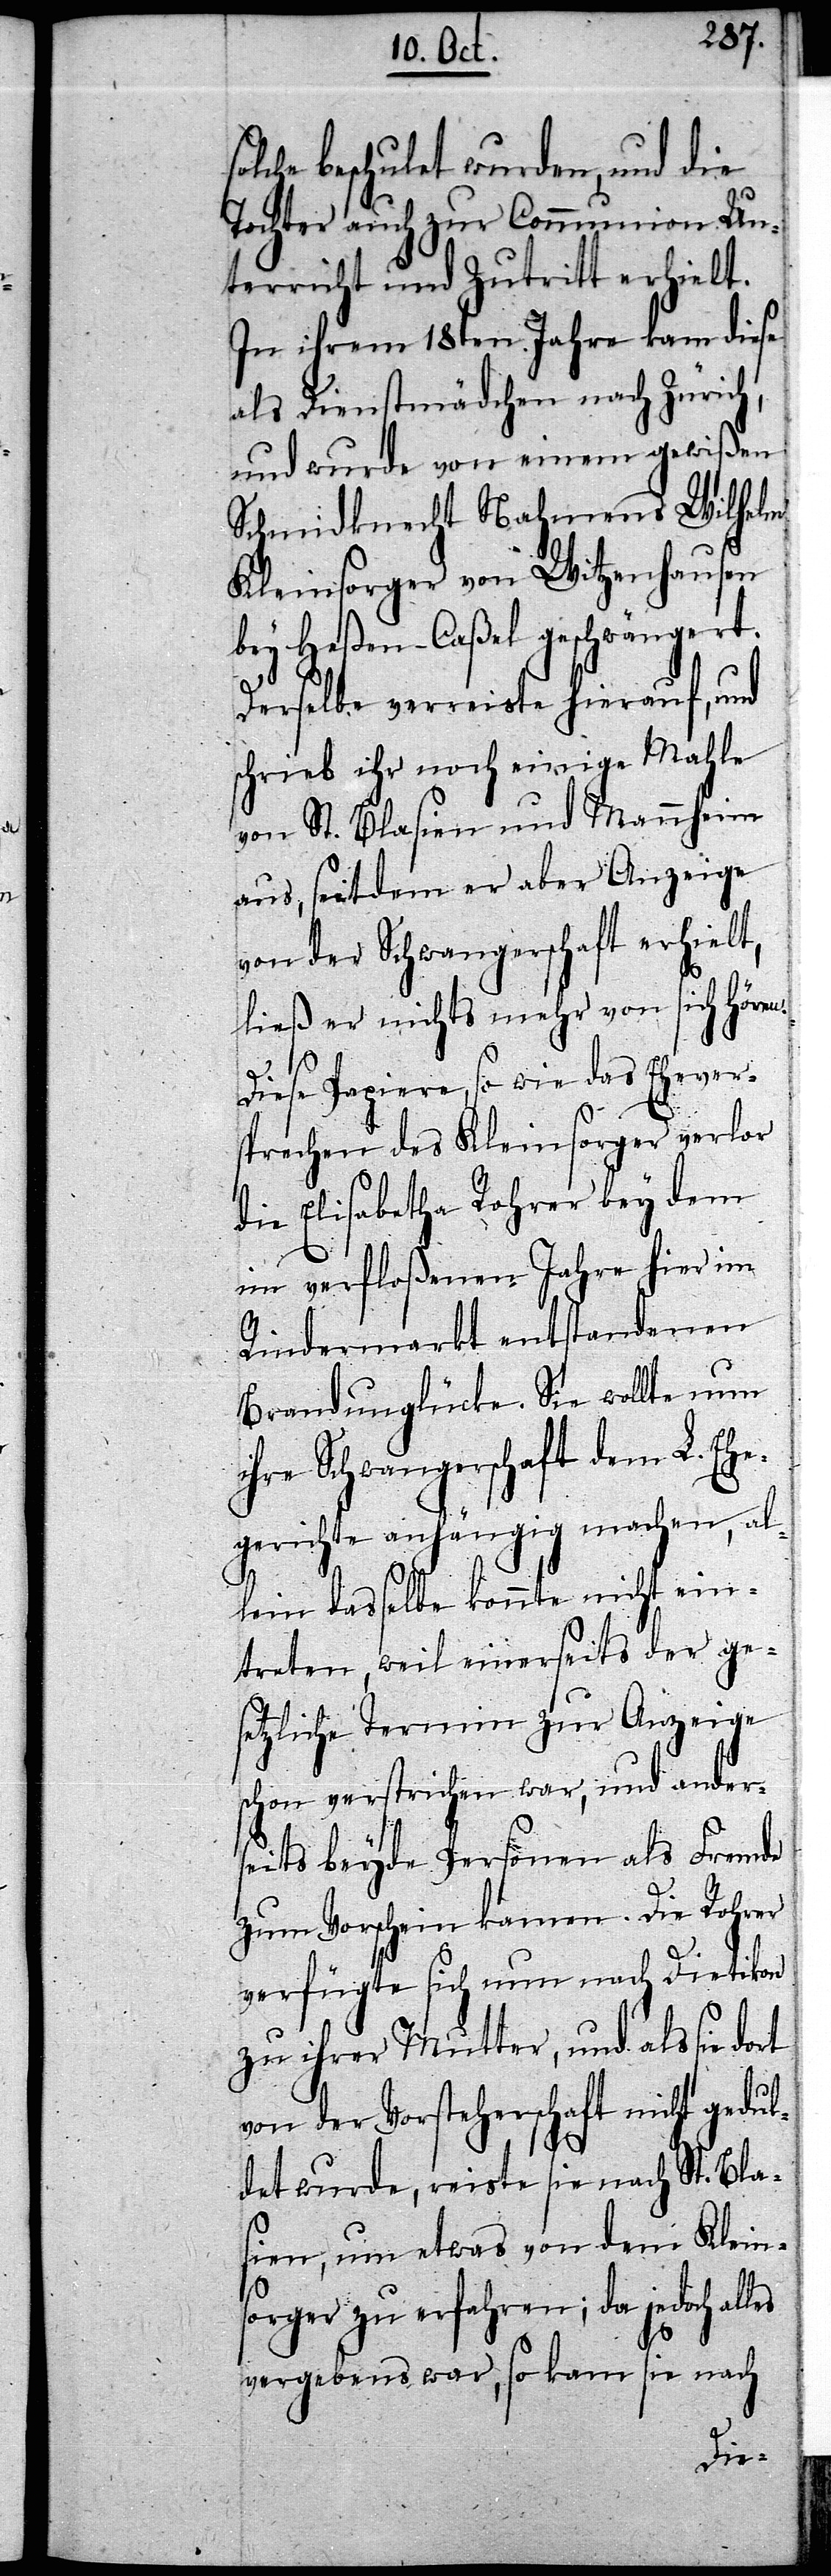
olche beschulet wurden, und die
Tochter auch zur Communion Un¬
terricht und Zutritt erhielt.
In ihrem 18ten Jahre kam diese
als Dienstmädchen nach Zürich,
und wurde von einem gewißen
Schmidknecht Nahmens Wilhelm
Kleinsorger von Witzenhausen
bey Heßen-Caßel geschwängert.
Derselbe verreiste hierauf, und
schrieb ihr noch einige Mahle
von St. Blasien und Mannheim
aus, seitdem er aber Anzeige
von der Schwangerschaft erhielt,
ließ er nichts mehr von sich höre¬
les
Diese Papiere, so wie das Ehever¬
s¬
sprechen des Kleinsorger verlor
die Elisabetha Rohrer bey dem
im verfloßenen Jahre hier im
Rindermarkt entstandenen
Brandunglücke. Sie wollte nun
ihre Schwangerschaft dem L. Ehe¬
gerichte anhängig machen, al¬
lein dasselbe konnte nicht ein¬
treten, weil einerseits der ge¬
setzliche Termin zur Anzeige
schon verstrichen war, und ander¬
seits beyde Personen als Fremde
zum Vorschein kamen. Die Rohrer
verfügte sich nun nach Dietikon
zu ihrer Mutter, und als sie
von der Vorsteherschaft nicht gedul¬
det wurde, reiste sie nach St. Bla¬
sien, um etwas von dem Kleins¬
orger zu erfahren; da jedoch al¬
vergebens war, so kam sie nach